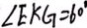
\angle E K G = 6 0 ^ { \circ }